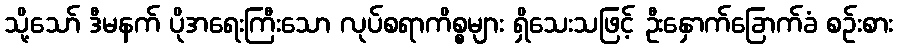
သို့သော် ဒီမနက် ပိုအရေးကြီးသော လုပ်စရာကိစ္စများ ရှိသေးသဖြင့် ဦးနှောက်ခြောက်ခံ စဉ်းစား